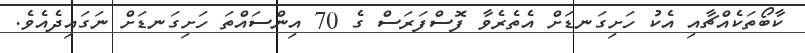
ކާބޯތަކެއްޗާއި އެކު ހަށިގަނޑަށް އެތެރެވާ ފޮސްފަރަސް ގެ 70 އިންސައްތަ ހަށިގަނޑަށް ނަގައިދެއެވެ.